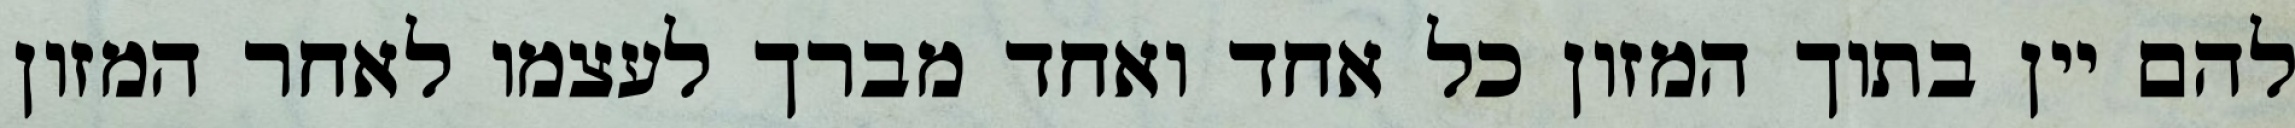
להם יין בתוך המזון כל אחד ואחד מברך לעצמו לאחר המזון